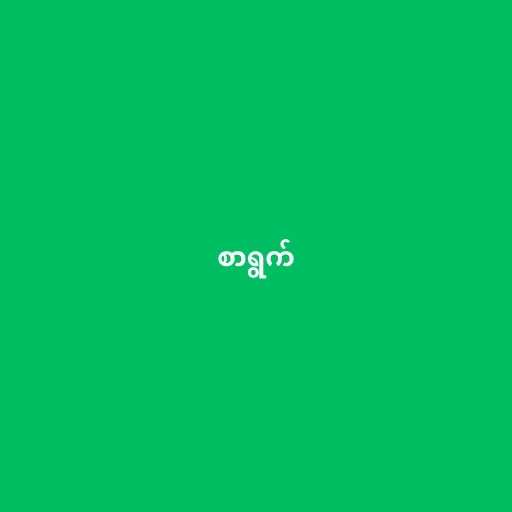
စာရွက်